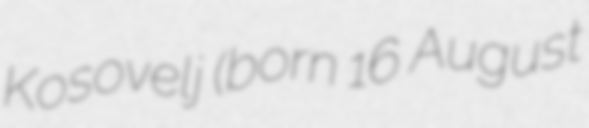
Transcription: Kosovelj (born 16 August